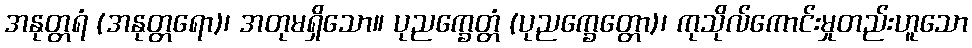
အနုတ္တရံ (အနုတ္တရော)၊ အတုမရှိသော။ ပုညက္ခေတ္တံ (ပုညက္ခေတ္တော)၊ ကုသိုလ်ကောင်းမှုတည်းဟူသော